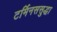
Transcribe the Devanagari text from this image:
टर्मिनससुद्धा